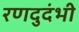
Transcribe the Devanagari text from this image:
रणदुदंभी